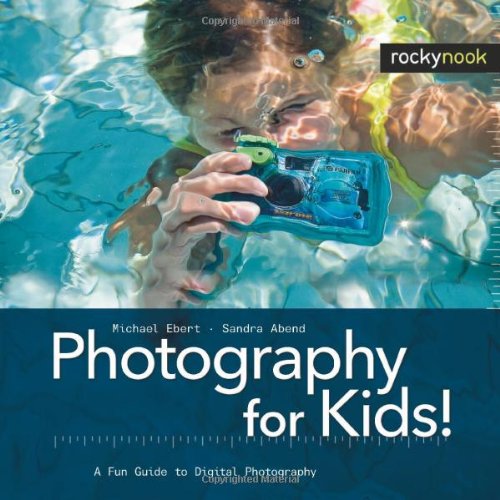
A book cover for Photography for Kids!: A Fun Guide to Digital Photography (English and English Edition); Michael Ebert; Arts & Photography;